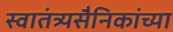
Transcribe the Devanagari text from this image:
स्वातंत्र्यसैनिकांच्या